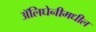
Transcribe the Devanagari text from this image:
ॲलिघेनीमधील